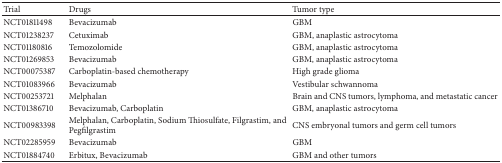
| Trial | Drugs | Tumor type |
 | --- | --- | --- |
 | NCT01811498 | Bevacizumab | GBM |
 | NCT01238237 | Cetuximab | GBM, anaplastic astrocytoma |
 | NCT01180816 | Temozolomide | GBM, anaplastic astrocytoma |
 | NCT01269853 | Bevacizumab | GBM, anaplastic astrocytoma |
 | NCT00075387 | Carboplatin-based chemotherapy | High grade glioma |
 | NCT01083966 | Bevacizumab | Vestibular schwannoma |
 | NCT00253721 | Melphalan | Brain and CNS tumors, lymphoma, and metastatic cancer |
 | NCT01386710 | Bevacizumab, Carboplatin | GBM, anaplastic astrocytoma |
 | NCT00983398 | Melphalan, Carboplatin, Sodium Thiosulfate, Filgrastim, and Pegfilgrastim | CNS embryonal tumors and germ cell tumors |
 | NCT02285959 | Bevacizumab | GBM |
 | NCT01884740 | Erbitux, Bevacizumab | GBM and other tumors |